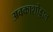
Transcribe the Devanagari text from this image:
अवकाशोड्डान